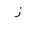
Letter: _zay